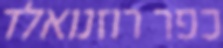
כפר רוזנואלד